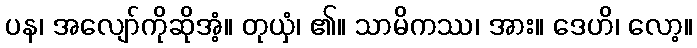
ပန၊ အလျော်ကိုဆိုအံ့။ တုယှံ၊ ၏။ သာမိကဿ၊ အား။ ဒေဟိ၊ လော့။